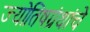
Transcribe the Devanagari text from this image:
ज्योतिषग्रंथांचे